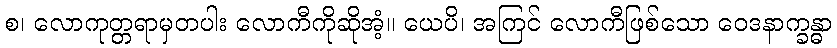
စ၊ လောကုတ္တရာမှတပါး လောကီကိုဆိုအံ့။ ယေပိ၊ အကြင် လောကီဖြစ်သော ဝေဒနာက္ခန္ဓာ